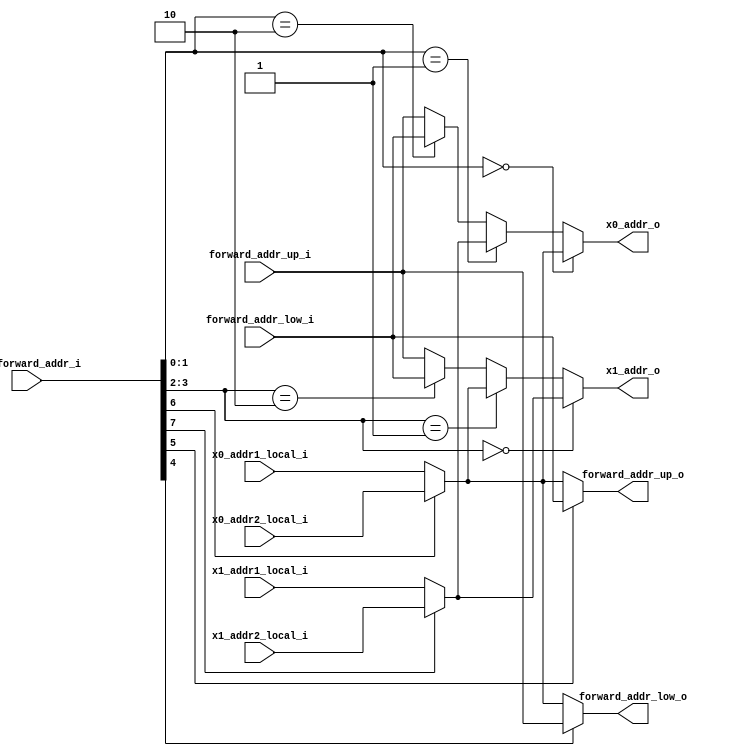
// Company           :   racyics
//
// Project Name      :   p_cc
// Subproject Name   :   s_fpga, dpsram_block_4x512x20
// Description       :   <short description>
//
// Create Date       :   
// Last Change       :   $Date: 2015-03-26 09:25:47 +0100 (Thu, 26 Mar 2015) $
// by                :   $Author: winter $
//------------------------------------------------------------

module forward_selection_addr
  (input  wire [7:0]  cfg_forward_addr_i,
   
   input  wire [15:0] x0_addr1_local_i,
   input  wire [15:0] x0_addr2_local_i,
   input  wire [15:0] x1_addr1_local_i,
   input  wire [15:0] x1_addr2_local_i,
   input  wire [15:0] forward_addr_up_i,
   input  wire [15:0] forward_addr_low_i,
   
   output wire [15:0] forward_addr_up_o,
   output wire [15:0] forward_addr_low_o,
   
   output wire [15:0] x0_addr_o,
   output wire [15:0] x1_addr_o
   );

   wire [15:0] x0_addr_local;
   wire [15:0] x1_addr_local;
                      
   assign x0_addr_local = (cfg_forward_addr_i[6]==1'b0) ? x0_addr1_local_i : x0_addr2_local_i;
   assign x1_addr_local = (cfg_forward_addr_i[7]==1'b0) ? x1_addr1_local_i : x1_addr2_local_i;


   assign x0_addr_o = (cfg_forward_addr_i[1:0]==2'b00) ? x0_addr_local : 
                      (cfg_forward_addr_i[1:0]==2'b01) ? x1_addr_local : 
                      (cfg_forward_addr_i[1:0]==2'b10) ? forward_addr_low_i : 
                                                         forward_addr_up_i;

   assign x1_addr_o = (cfg_forward_addr_i[3:2]==2'b00) ? x1_addr_local : 
                      (cfg_forward_addr_i[3:2]==2'b01) ? x0_addr_local : 
                      (cfg_forward_addr_i[3:2]==2'b10) ? forward_addr_low_i : 
                                                         forward_addr_up_i;

   assign forward_addr_up_o  = (cfg_forward_addr_i[5]==1'b0) ? x0_addr_local : 
                                                               forward_addr_low_i;

   assign forward_addr_low_o = (cfg_forward_addr_i[4]==1'b0) ? x0_addr_local : 
                                                               forward_addr_up_i;
   
endmodule